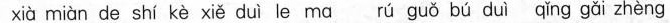
xià miàn de shí kè xiě duì le ma rú guǒ bú duì qǐng gǎi zhèng